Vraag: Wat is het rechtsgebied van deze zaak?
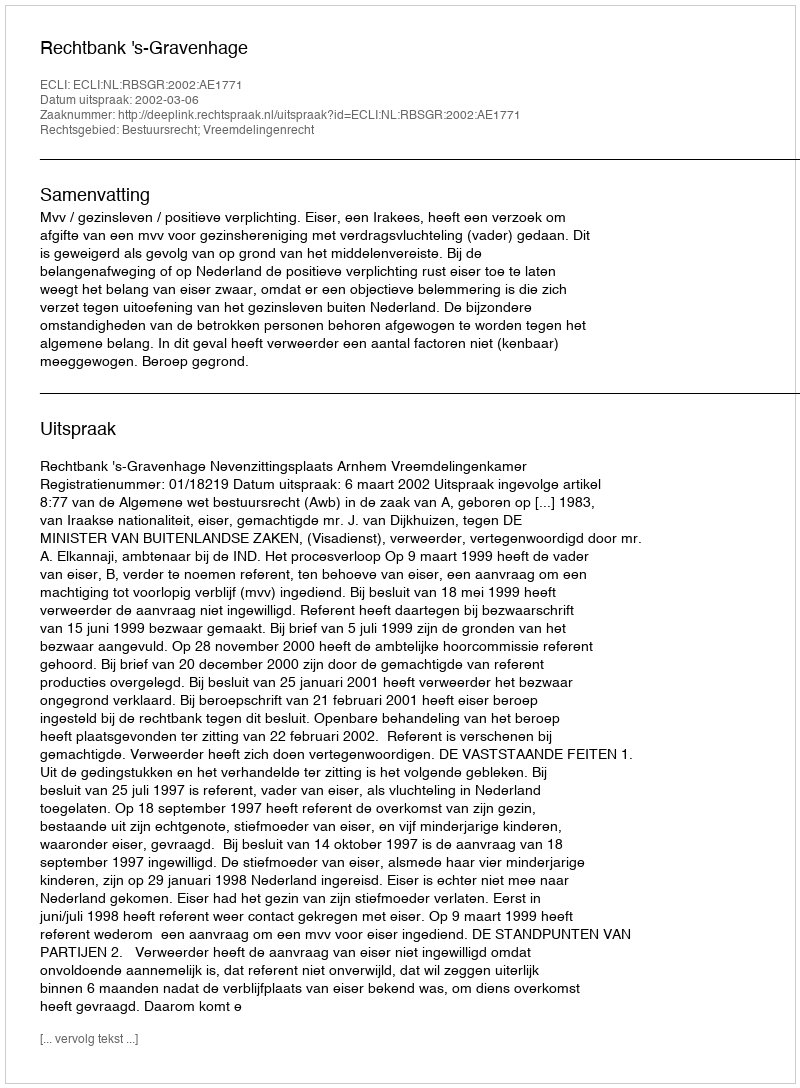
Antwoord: Bestuursrecht; Vreemdelingenrecht